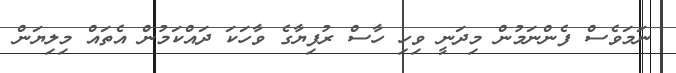
ނަމަވެސް ފެންނަމުން މިދަނީ ވިހި ހާސް ރުފިޔާގެ ވާހަކަ ދައްކަމުން އެތައް މިލިޔަން